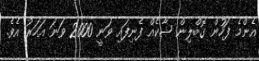
އެންމެ ފަހުން ގޮބްލިން ޝާކެއް ފެނިފައި ވަނީ 2000 ވަނަ އަހަރު އެވެ.